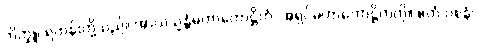
ဘိက္ခူ၊ ရဟန်းတို့သည်။ အာယသ္မန္တံမဟာကောဋ္ဌိကံ၊ အရှင်မဟာကောဋ္ဌိကကို။ ဧတံ ဝစနံ၊